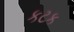
કટક